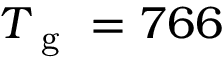
T _ { \mathrm { ~ g ~ } } = 7 6 6